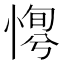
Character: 𢞛